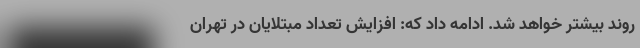
روند بیشتر خواهد شد. ادامه داد که: افزایش تعداد مبتلایان در تهران